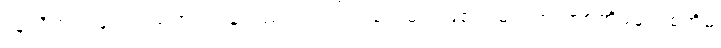
ထူလိကား မျက်ရည်ကျရပြန်သည် သင်ကြားပေးမည်ဖြစ်၍ မည်အ တစ်အိမ်မှတစ်အိမ်